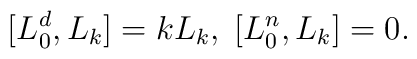
[L_0^d, L_k] = k L_k, \; [L_0^n, L_k] = 0.